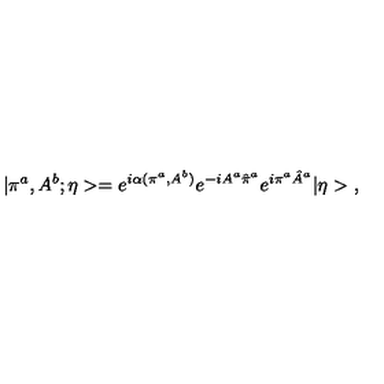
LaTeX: | \pi ^ { a } , A ^ { b } ; \eta > = e ^ { i \alpha ( \pi ^ { a } , A ^ { b } ) } e ^ { - i A ^ { a } \hat { \pi } ^ { a } } e ^ { i \pi ^ { a } \hat { A } ^ { a } } | \eta > \ ,